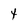
Character: t